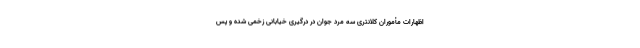
اظهارات مأموران کلانتری سه مرد جوان در درگیری خیابانی زخمی شده و پس